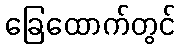
ခြေထောက်တွင်